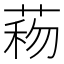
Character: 𦴙